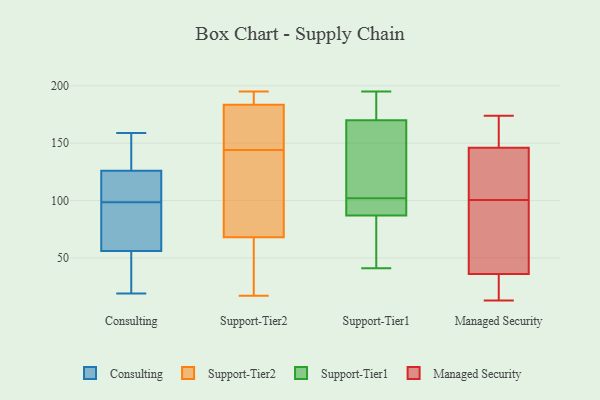
{"axis": {"x": "Operating Costs (USD K)", "y": "Value"}, "legend": ["Consulting", "Managed Security", "Support-Tier1", "Support-Tier2"], "data": [{"x": "", "y": 56, "type": "Consulting"}, {"x": "", "y": 93, "type": "Consulting"}, {"x": "", "y": 29, "type": "Consulting"}, {"x": "", "y": 101, "type": "Consulting"}, {"x": "", "y": 96, "type": "Consulting"}, {"x": "", "y": 126, "type": "Consulting"}, {"x": "", "y": 155, "type": "Consulting"}, {"x": "", "y": 86, "type": "Consulting"}, {"x": "", "y": 124, "type": "Consulting"}, {"x": "", "y": 159, "type": "Consulting"}, {"x": "", "y": 131, "type": "Consulting"}, {"x": "", "y": 56, "type": "Consulting"}, {"x": "", "y": 19, "type": "Consulting"}, {"x": "", "y": 104, "type": "Consulting"}, {"x": "", "y": 107, "type": "Support-Tier2"}, {"x": "", "y": 17, "type": "Support-Tier2"}, {"x": "", "y": 42, "type": "Support-Tier2"}, {"x": "", "y": 127, "type": "Support-Tier2"}, {"x": "", "y": 23, "type": "Support-Tier2"}, {"x": "", "y": 171, "type": "Support-Tier2"}, {"x": "", "y": 184, "type": "Support-Tier2"}, {"x": "", "y": 34, "type": "Support-Tier2"}, {"x": "", "y": 192, "type": "Support-Tier2"}, {"x": "", "y": 94, "type": "Support-Tier2"}, {"x": "", "y": 183, "type": "Support-Tier2"}, {"x": "", "y": 110, "type": "Support-Tier2"}, {"x": "", "y": 195, "type": "Support-Tier2"}, {"x": "", "y": 161, "type": "Support-Tier2"}, {"x": "", "y": 191, "type": "Support-Tier2"}, {"x": "", "y": 181, "type": "Support-Tier2"}, {"x": "", "y": 76, "type": "Support-Tier1"}, {"x": "", "y": 170, "type": "Support-Tier1"}, {"x": "", "y": 41, "type": "Support-Tier1"}, {"x": "", "y": 125, "type": "Support-Tier1"}, {"x": "", "y": 87, "type": "Support-Tier1"}, {"x": "", "y": 104, "type": "Support-Tier1"}, {"x": "", "y": 195, "type": "Support-Tier1"}, {"x": "", "y": 88, "type": "Support-Tier1"}, {"x": "", "y": 183, "type": "Support-Tier1"}, {"x": "", "y": 100, "type": "Support-Tier1"}, {"x": "", "y": 98, "type": "Managed Security"}, {"x": "", "y": 97, "type": "Managed Security"}, {"x": "", "y": 36, "type": "Managed Security"}, {"x": "", "y": 82, "type": "Managed Security"}, {"x": "", "y": 31, "type": "Managed Security"}, {"x": "", "y": 141, "type": "Managed Security"}, {"x": "", "y": 174, "type": "Managed Security"}, {"x": "", "y": 168, "type": "Managed Security"}, {"x": "", "y": 146, "type": "Managed Security"}, {"x": "", "y": 37, "type": "Managed Security"}, {"x": "", "y": 139, "type": "Managed Security"}, {"x": "", "y": 28, "type": "Managed Security"}, {"x": "", "y": 121, "type": "Managed Security"}, {"x": "", "y": 153, "type": "Managed Security"}, {"x": "", "y": 166, "type": "Managed Security"}, {"x": "", "y": 103, "type": "Managed Security"}, {"x": "", "y": 13, "type": "Managed Security"}, {"x": "", "y": 13, "type": "Managed Security"}]}